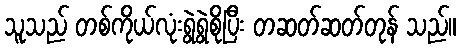
သူသည် တစ်ကိုယ်လုံးရွဲရွဲစိုပြီး တဆတ်ဆတ်တုန် သည်။